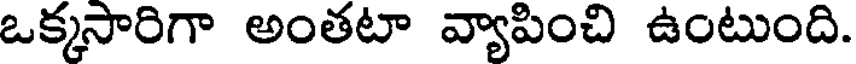
ఒక్కసారిగా అంతటా వ్యాపించి ఉంటుంది.